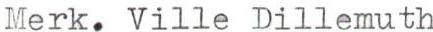
Merk. Ville Dillemuth